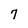
Character: 7